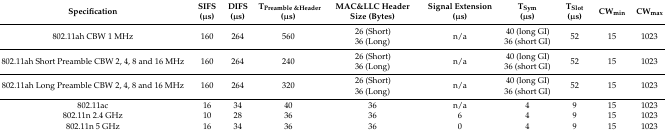
<table><thead><tr><td><b>Specification</b></td><td><b>SIFS (μs)</b></td><td><b>DIFS (μs)</b></td><td><b>T<sub>Preamble &amp;Header</sub> (μs)</b></td><td><b>MAC&amp;LLC Header Size (Bytes)</b></td><td><b>Signal Extension (μs)</b></td><td><b>T<sub>Sym</sub> (μs)</b></td><td><b>T<sub>Slot</sub> (μs)</b></td><td><b>CW<sub>min</sub></b></td><td><b>CW<sub>max</sub></b></td></tr></thead><tbody><tr><td>802.11ah CBW 1 MHz</td><td>160</td><td>264</td><td>560</td><td>26 (Short) 36 (Long)</td><td>n/a</td><td>40 (long GI) 36 (short GI)</td><td>52</td><td>15</td><td>1023</td></tr><tr><td>802.11ah Short Preamble CBW 2, 4, 8 and 16 MHz</td><td>160</td><td>264</td><td>240</td><td>26 (Short) 36 (Long)</td><td>n/a</td><td>40 (long GI) 36 (short GI)</td><td>52</td><td>15</td><td>1023</td></tr><tr><td>802.11ah Long Preamble CBW 2, 4, 8 and 16 MHz</td><td>160</td><td>264</td><td>320</td><td>26 (Short) 36 (Long)</td><td>n/a</td><td>40 (long GI) 36 (short GI)</td><td>52</td><td>15</td><td>1023</td></tr><tr><td>802.11ac</td><td>16</td><td>34</td><td>40</td><td>36</td><td>n/a</td><td>4</td><td>9</td><td>15</td><td>1023</td></tr><tr><td>802.11n 2.4 GHz</td><td>10</td><td>28</td><td>36</td><td>36</td><td>6</td><td>4</td><td>9</td><td>15</td><td>1023</td></tr><tr><td>802.11n 5 GHz</td><td>16</td><td>34</td><td>36</td><td>36</td><td>0</td><td>4</td><td>9</td><td>15</td><td>1023</td></tr></tbody></table>